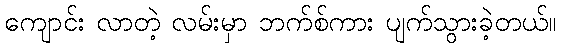
ကျောင်း လာတဲ့ လမ်းမှာ ဘက်စ်ကား ပျက်သွားခဲ့တယ်။